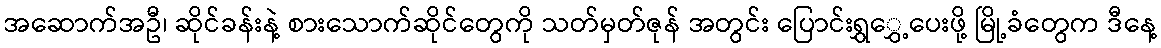
အဆောက်အဦ၊ ဆိုင်ခန်းနဲ့ စားသောက်ဆိုင်တွေကို သတ်မှတ်ဇုန် အတွင်း ပြောင်းရွှွှေ့ပေးဖို့ မြို့ခံတွေက ဒီနေ့